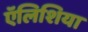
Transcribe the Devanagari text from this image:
ऍलिशिया